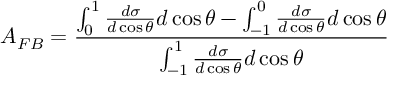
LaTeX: A _ { F B } = \frac { \int _ { 0 } ^ { 1 } \frac { d \sigma } { d \cos { \theta } } d \cos { \theta } - \int _ { - 1 } ^ { 0 } \frac { d \sigma } { d \cos { \theta } } d \cos { \theta } } { \int _ { - 1 } ^ { 1 } \frac { d \sigma } { d \cos { \theta } } d \cos { \theta } }